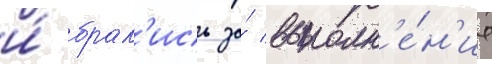
и́ брал'ись за́ выполн'е́н'ие